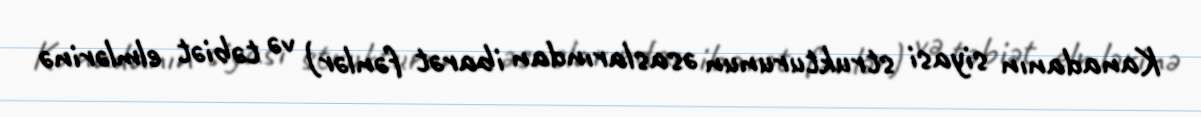
Kanadanın siyasi strukturunun əsaslarından ibarət fənlər) və təbiət elmlərinə